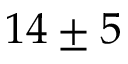
1 4 \pm 5